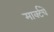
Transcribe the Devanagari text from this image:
मार्क्टचे